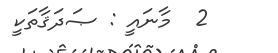
2  މާނައީ : ޞަދަޤާތަކީ